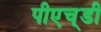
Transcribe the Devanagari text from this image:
पीएच्‌डी